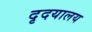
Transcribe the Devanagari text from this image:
दृदयालय